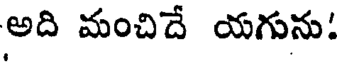
అది మంచిదే యగును: